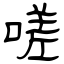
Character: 嗟